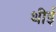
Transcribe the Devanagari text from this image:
थीई